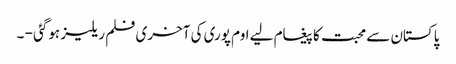
پاکستان سے محبت کا پیغام لیے اوم پوری کی آخری فلم ریلیز ہوگئی - ۔